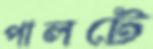
পালটে